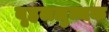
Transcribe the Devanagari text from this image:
बृहललुब्धक